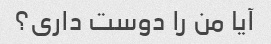
آیا من را دوست داری؟